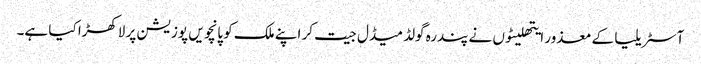
آسٹریلیا کے معذور ایتھلیٹوں نے پندرہ گولڈ میڈل جیت کر اپنے ملک کو پانچویں پوزیشن پر لاکھڑا کیا ہے۔